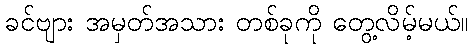
ခင်ဗျား အမှတ်အသား တစ်ခုကို တွေ့လိမ့်မယ်။